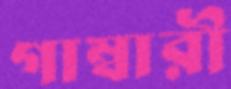
গাম্বারী